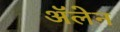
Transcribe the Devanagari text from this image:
ॲलेन